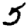
Digit: 5